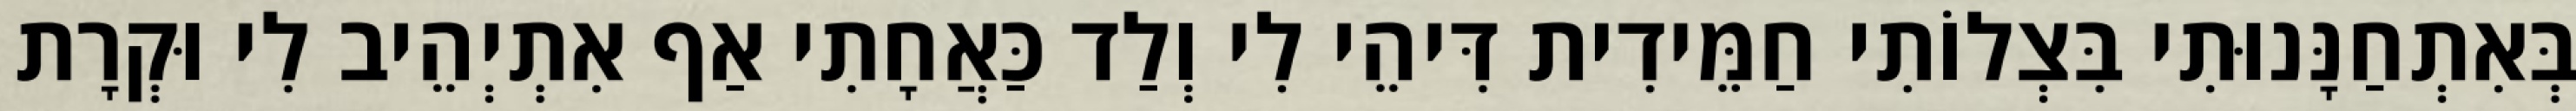
בְּאִתְחַנָּנוּתִי בִּצְלוֹתִי חַמֵּידִית דִּיהֵי לִי וְלַד כַּאֲחָתִי אַף אִתְיְהֵיב לִי וּקְרָת